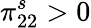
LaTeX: \pi_{22}^{s}>0